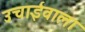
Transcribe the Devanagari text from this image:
उचाईंवाला